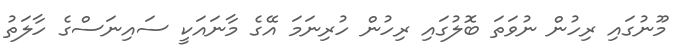
މޫނުގައި ރިހުން ނުވަތަ ބޮލުގައި ރިހުން ހުރިނަމަ އޭގެ މާނައަކީ ސައިނަސްގެ ހާލަތު